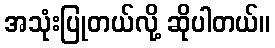
အသုံးပြုတယ်လို့ ဆိုပါတယ်။